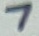
Text: 7